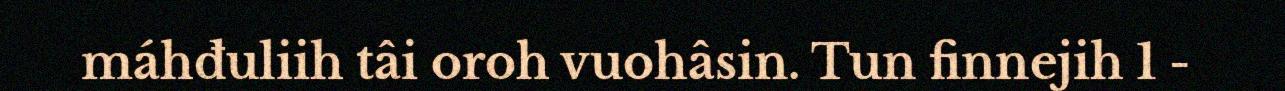
máhđuliih tâi oroh vuohâsin. Tun finnejih 1 -